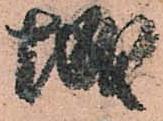
城